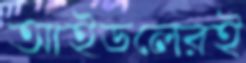
আইডলেরই